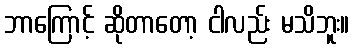
ဘာကြောင့် ဆိုတာတော့ ငါလည်း မသိဘူး။